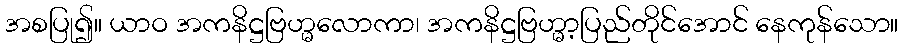
အစပြု၍။ ယာဝ အကနိဋ္ဌဗြဟ္မလောကာ၊ အကနိဋ္ဌဗြဟ္မာ့ပြည်တိုင်အောင် နေကုန်သော။